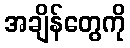
အချိန်တွေကို